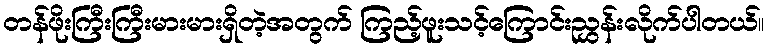
တန်ဖိုးကြီးကြီးမားမားရှိတဲ့အတွက် ကြည့်ဖူးသင့်ကြောင်းညွှန်းလိုက်ပါတယ်။